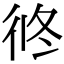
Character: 㣠